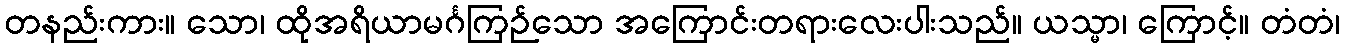
တနည်းကား။ သော၊ ထိုအရိယာမင်္ဂကြဉ်သော အကြောင်းတရားလေးပါးသည်။ ယသ္မာ၊ ကြောင့်။ တံတံ၊